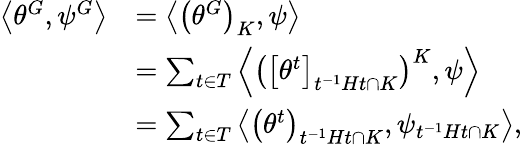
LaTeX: {\begin{array}{rl}{\left\langle\theta^{G},\psi^{G}\right\rangle}&{=\left\langle\left(\theta^{G}\right)_{K},\psi\right\rangle}\\ &{=\sum_{t\in T}\left\langle\left(\left[\theta^{t}\right]_{t^{-1}Ht\cap K}\right)^{K},\psi\right\rangle}\\ &{=\sum_{t\in T}\left\langle\left(\theta^{t}\right)_{t^{-1}Ht\cap K},\psi_{t^{-1}Ht\cap K}\right\rangle,}\end{array}}